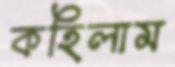
কহিলাম